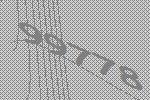
99778